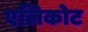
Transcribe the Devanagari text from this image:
एलिकोट